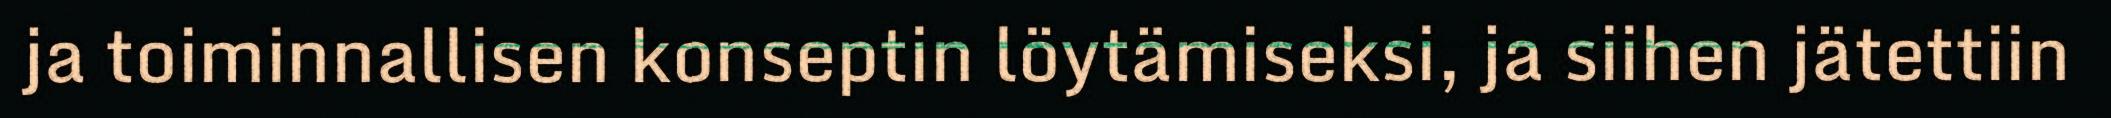
ja toiminnallisen konseptin löytämiseksi, ja siihen jätettiin